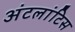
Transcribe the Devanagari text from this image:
अंटलांटिस